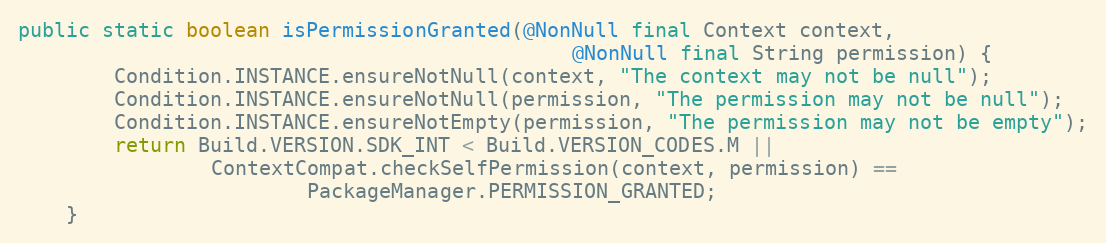
Language: Java
public static boolean isPermissionGranted(@NonNull final Context context,
                                              @NonNull final String permission) {
        Condition.INSTANCE.ensureNotNull(context, "The context may not be null");
        Condition.INSTANCE.ensureNotNull(permission, "The permission may not be null");
        Condition.INSTANCE.ensureNotEmpty(permission, "The permission may not be empty");
        return Build.VERSION.SDK_INT < Build.VERSION_CODES.M ||
                ContextCompat.checkSelfPermission(context, permission) ==
                        PackageManager.PERMISSION_GRANTED;
    }